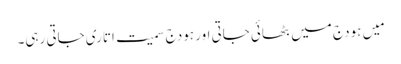
مَیں ہودج میں بٹھائی جاتی اور ہودج سمیت اتاری جاتی رہی۔